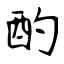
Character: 酌